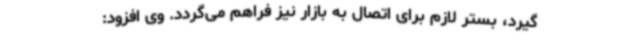
‌گیرد، بستر لازم برای اتصال به بازار نیز فراهم می‌گردد. وی افزود: